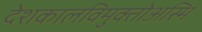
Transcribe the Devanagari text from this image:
देशकालविमुक्तोअस्मि